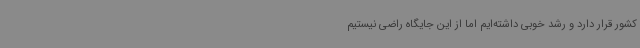
کشور قرار دارد و رشد خوبی داشته‌ایم اما از این جایگاه راضی نیستیم